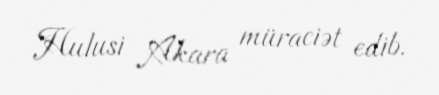
Hulusi Akara müraciət edib.